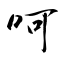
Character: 呵